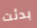
بدئت